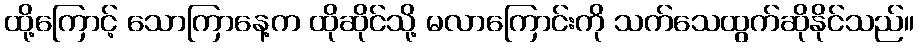
ထို့ကြောင့် သောကြာနေ့က ထိုဆိုင်သို့ မလာကြောင်းကို သက်သေထွက်ဆိုနိုင်သည်။